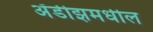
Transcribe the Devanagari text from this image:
अँडीझमधील